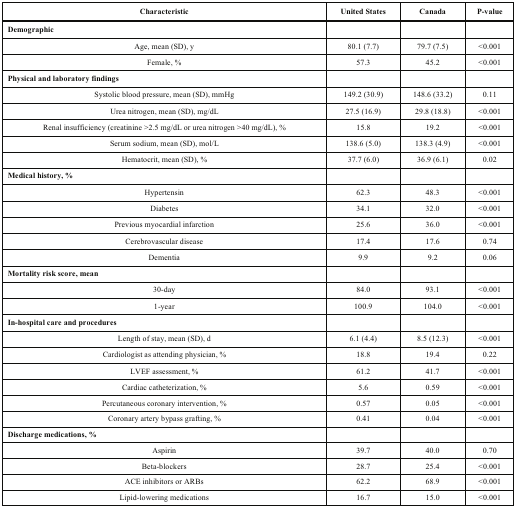
<table><thead><tr><td><b>Characteristic</b></td><td><b>United States</b></td><td><b>Canada</b></td><td><b>P-value</b></td></tr></thead><tbody><tr><td><b>Demographic</b></td><td></td><td></td><td></td></tr><tr><td>Age, mean (SD), y</td><td>80.1 (7.7)</td><td>79.7 (7.5)</td><td>&lt;0.001</td></tr><tr><td>Female, %</td><td>57.3</td><td>45.2</td><td>&lt;0.001</td></tr><tr><td><b>Physical and laboratory findings</b></td><td></td><td></td><td></td></tr><tr><td>Systolic blood pressure, mean (SD), mmHg</td><td>149.2 (30.9)</td><td>148.6 (33.2)</td><td>0.11</td></tr><tr><td>Urea nitrogen, mean (SD), mg/dL</td><td>27.5 (16.9)</td><td>29.8 (18.8)</td><td>&lt;0.001</td></tr><tr><td>Renal insufficiency (creatinine &gt;2.5 mg/dL or urea nitrogen &gt;40 mg/dL), %</td><td>15.8</td><td>19.2</td><td>&lt;0.001</td></tr><tr><td>Serum sodium, mean (SD), mol/L</td><td>138.6 (5.0)</td><td>138.3 (4.9)</td><td>&lt;0.001</td></tr><tr><td>Hematocrit, mean (SD), %</td><td>37.7 (6.0)</td><td>36.9 (6.1)</td><td>0.02</td></tr><tr><td><b>Medical history, %</b></td><td></td><td></td><td></td></tr><tr><td>Hypertensin</td><td>62.3</td><td>48.3</td><td>&lt;0.001</td></tr><tr><td>Diabetes</td><td>34.1</td><td>32.0</td><td>&lt;0.001</td></tr><tr><td>Previous myocardial infarction</td><td>25.6</td><td>36.0</td><td>&lt;0.001</td></tr><tr><td>Cerebrovascular disease</td><td>17.4</td><td>17.6</td><td>0.74</td></tr><tr><td>Dementia</td><td>9.9</td><td>9.2</td><td>0.06</td></tr><tr><td><b>Mortality risk score, mean</b></td><td></td><td></td><td></td></tr><tr><td>30-day</td><td>84.0</td><td>93.1</td><td>&lt;0.001</td></tr><tr><td>1-year</td><td>100.9</td><td>104.0</td><td>&lt;0.001</td></tr><tr><td><b>In-hospital care and procedures</b></td><td></td><td></td><td></td></tr><tr><td>Length of stay, mean (SD), d</td><td>6.1 (4.4)</td><td>8.5 (12.3)</td><td>&lt;0.001</td></tr><tr><td>Cardiologist as attending physician, %</td><td>18.8</td><td>19.4</td><td>0.22</td></tr><tr><td>LVEF assessment, %</td><td>61.2</td><td>41.7</td><td>&lt;0.001</td></tr><tr><td>Cardiac catheterization, %</td><td>5.6</td><td>0.59</td><td>&lt;0.001</td></tr><tr><td>Percutaneous coronary intervention, %</td><td>0.57</td><td>0.05</td><td>&lt;0.001</td></tr><tr><td>Coronary artery bypass grafting, %</td><td>0.41</td><td>0.04</td><td>&lt;0.001</td></tr><tr><td><b>Discharge medications, %</b></td><td></td><td></td><td></td></tr><tr><td>Aspirin</td><td>39.7</td><td>40.0</td><td>0.70</td></tr><tr><td>Beta-blockers</td><td>28.7</td><td>25.4</td><td>&lt;0.001</td></tr><tr><td>ACE inhibitors or ARBs</td><td>62.2</td><td>68.9</td><td>&lt;0.001</td></tr><tr><td>Lipid-lowering medications</td><td>16.7</td><td>15.0</td><td>&lt;0.001</td></tr></tbody></table>